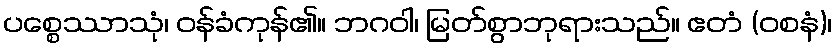
ပစ္စေဿာသုံ၊ ဝန်ခံကုန်၏။ ဘဂဝါ၊ မြတ်စွာဘုရားသည်။ ဧတံ (ဝစနံ)၊